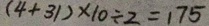
( 4 + 3 1 ) \times 1 0 \div 2 = 1 7 5